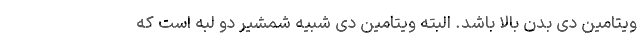
ویتامین دی بدن بالا باشد. البته ویتامین دی شبیه شمشیر دو لبه است که